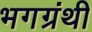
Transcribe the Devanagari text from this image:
भगग्रंथी